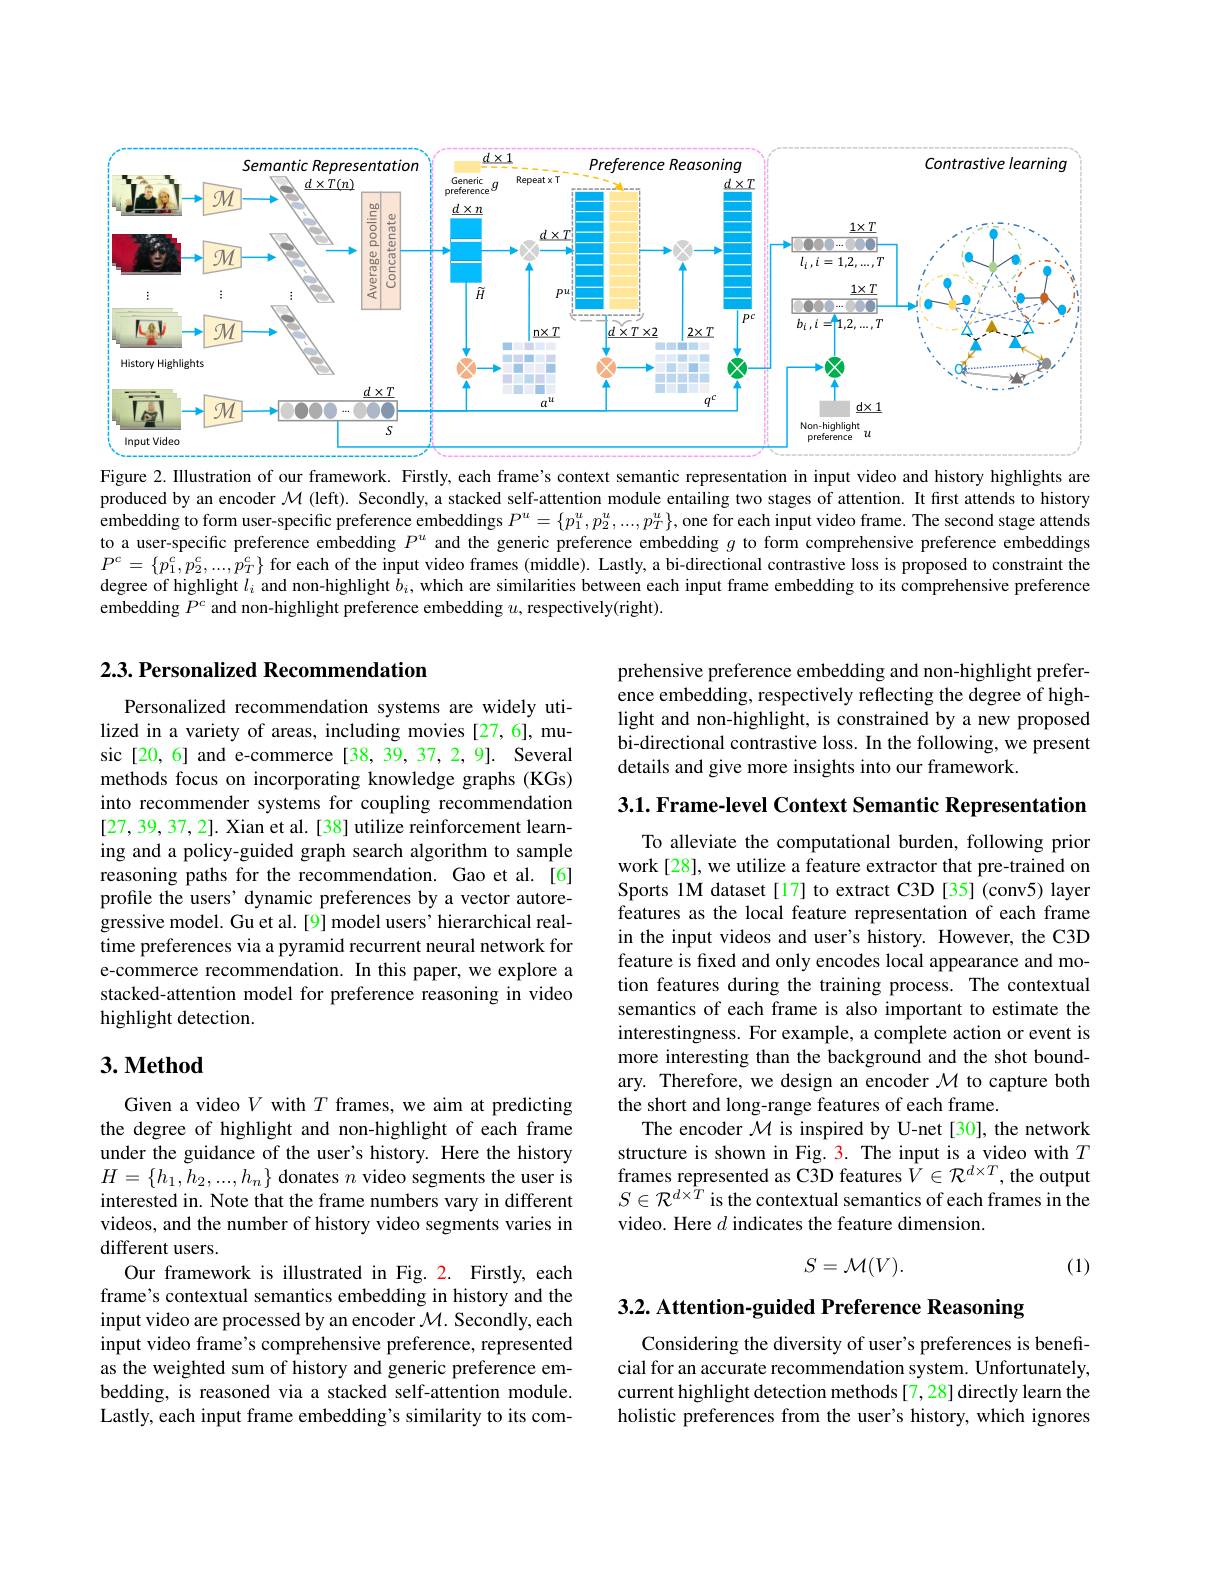
<FigureHere>

Figure 2. Illustration of our framework. Firstly, each frame's context semantic representation in input video and history highlights are produced by an encoder $\mathcal{M}$ (left). Secondly, a stacked self-attention module entailing two stages of attention. It first attends to history embedding to form user-specific preference embeddings $P^u=\{p_1^u,p_2^u,...,p_T^u\}$, one for each input video frame. The second stage attends to a user-specific preference embedding $P^u$ and the generic preference embedding $g$ to form comprehensive preference embeddings $P^{c}=\left\{p_{1}^{c},p_{2}^{c},...,p_{T}^{c}\right\}$for each of the input video frames (middle). Lastly, a bi-directional contrastive loss is proposed to constraint the degree of highlight $l_i$ and non-highlight $b_i$, which are similarities between each input frame embedding to its comprehensive preference embedding $P^c$ and non-highlight preference embedding $u$, respectively(right).

## 2.3. Personalized Recommendation

prehensive preference embedding and non-highlight preference embedding, respectively reflecting the degree of highlight and non-highlight, is constrained by a new proposed bi-directional contrastive loss. In the following, we present details and give more insights into our framework.

3.1. Frame-level Context Semantic Representation

Personalized recommendation systems are widely utilized in a variety of areas, including movies [27,6], music[20,6] and e-commerce[38,39,37,2,9]. Several methods focus on incorporating knowledge graphs (KGs) into recommender systems for coupling recommendation [27,39,37,2]. Xian et al. [38] utilize reinforcement learning and a policy-guided graph search algorithm to sample reasoning paths for the recommendation. Gao et al.[6] profile the users' dynamic preferences by a vector autoregressive model. Gu et al. [9] model users' hierarchical realtime preferences via a pyramid recurrent neural network for e-commerce recommendation. In this paper, we explore a stacked-attention model for preference reasoning in video highlight detection.

To alleviate the computational burden, following prior work[28], we utilize a feature extractor that pre-trained on Sports 1M dataset [17] to extract C3D [35] (conv5) layer features as the local feature representation of each frame in the input videos and user's history. However, the C3D feature is fixed and only encodes local appearance and motion features during the training process. The contextual semantics of each frame is also important to estimate the interestingness. For example, a complete action or event is more interesting than the background and the shot boundary. Therefore, we design an encoder $\mathcal{M}$ to capture both the short and long-range features of each frame.
The encoder $\mathcal{M}$ is inspired by U-net[30], the network structure is shown in Fig. 3. The input is a video with $T$ frames represented as C3D features $V\in\mathcal{R}^{d\times T}$, the output $S\in\mathcal{R}^{d\times\hat{T}}$ is the contextual semantics of each frames in the video. Here $d$ indicates the feature dimension.

## $3. \textbf{Method}$

Given a video $V$ with $T$ frames, we aim at predicting the degree of highlight and non-highlight of each frame under the guidance of the user's history. Here the history $H=\{h_1,h_2,...,h_n\}$ donates $n$ video segments the user is interested in. Note that the frame numbers vary in different videos, and the number of history video segments varies in different users.
Our framework is illustrated in Fig. 2. Firstly, each frame's contextual semantics embedding in history and the input video are processed by an encoder $\mathcal{M}.$ Secondly, each input video frame's comprehensive preference, represented as the weighted sum of history and generic preference embedding, is reasoned via a stacked self-attention module. Lastly, each input frame embedding's similarity to its com-
$$S=\mathcal{M}(V).$$
(1)

3.2. Attention-guided Preference Reasoning

Considering the diversity of user's preferences is beneficial for an accurate recommendation system. Unfortunately, current highlight detection methods [7,28] directly learn the holistic preferences from the user's history, which ignores